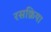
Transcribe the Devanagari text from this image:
रसक्रिया